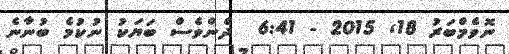
ނޮވެމްބަރު 18